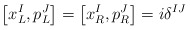
\begin{align*}\left[ x^{I}_{L}, p^{J}_{L} \right] = \left[ x^{I}_{R}, p^{J}_{R}\right] = i \delta^{IJ}\end{align*}